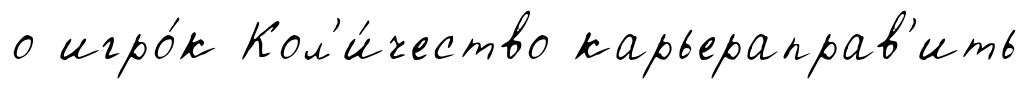
о игро́к Кол'и́чество карьераправ'ить